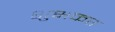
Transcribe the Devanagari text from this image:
शुभकर